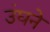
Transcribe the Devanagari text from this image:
उंघने